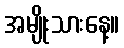
အမျိုးသားနေ့။